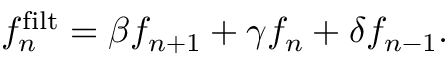
f _ { n } ^ { \mathrm { f i l t } } = \beta f _ { n + 1 } + \gamma f _ { n } + \delta f _ { n - 1 } .